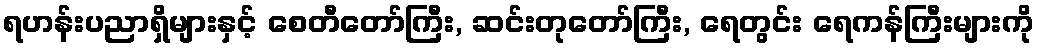
ရဟန်းပညာရှိများနှင့် စေတီတော်ကြီး, ဆင်းတုတော်ကြီး, ရေတွင်း ရေကန်ကြီးများကို